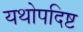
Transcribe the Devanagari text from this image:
यथोपदिष्ट